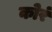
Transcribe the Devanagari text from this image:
कोरं